Report on the working of the Ranchi Indian Mental Hospital, Kanke, in Bihar and Orissa - 1930-1940
Year: 1930
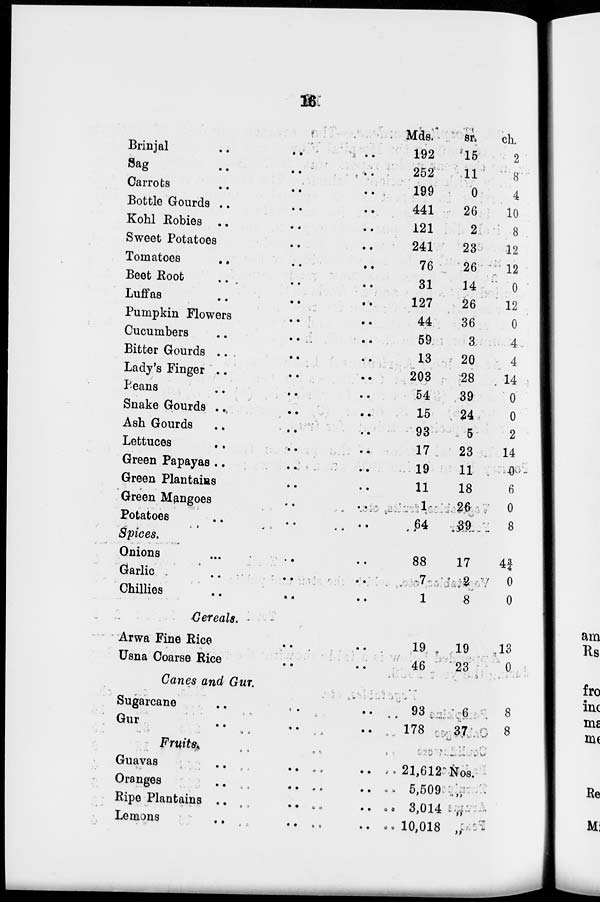
16
Brinjal .. .. ..
Sag .. .. ..
Carrots .. .. ..
Bottle Gourds ..
..
Kohl Robies .. ..
Sweet Potatoes .. .. ..
Tomatoes
..
..
..
Beet Root .. .. ..
Luffas
..
..
..
Pumpkin Flowers .. ..
Cucumbers .. ..
Bitter Gourds .. ..
Lady's Finger .. ..
Peans .. .. ..
Snake Gourds .. ..
Ash Gourds .. ..
Lettuces .. ..
Green Papayas .. ..
Green Plantains .. ..
Green Mangoes .. ..
Potatoes .. ..
Spices.
Onions .. .. ..
Garlic .. .. ..
Chillies .. .. ..
Cereals.
Arwa Fine Rice .. ..
Usna Coarse Rice .. ..
Canes and Gur.
Sugarcane .. ..
Gur .. ..
Fruits. .. ..
Guavas .. ..
Oranges .. ..
Ripe Plantains .. ..
Lemons .. ..
Mds.
192
252
199
441
121
241
76
31
127
44
59
13
203
54
15
93
17
19
11
1
64
88
7
1
19
46
93
178
21,612
5,509
3,014
10,018
sr.
15
11
0
26
2
23
26
14
26
36
3
20
28
39
24
5
23
11
18
26
39
17
2
8
19
23
6
37
Nos.
„
„
„
ch.
2
8
4
10
8
12
12
0
12
0
4
4
14
0
0
2
14
0
6
0
8
4¾
0
0
13
0
8
8